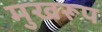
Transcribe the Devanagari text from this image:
मुखरूप